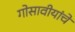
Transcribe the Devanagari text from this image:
गोसावीयांचे